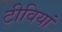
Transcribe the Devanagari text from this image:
टीवियां